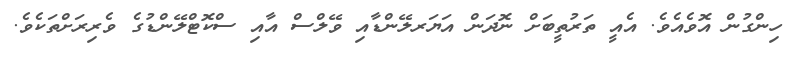
ހިންގުން އޮވެއެވެ. އެއީ ތަރުތީބަށް ނޮދަން އަޔަރލޭންޑާއި ވޭލްސް އާއި ސްކޮޓްލޭންޑުގެ ވެރިރަށްތަކެވެ.